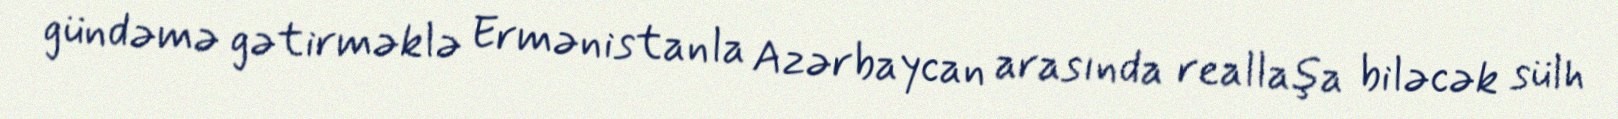
gündəmə gətirməklə Ermənistanla Azərbaycan arasında reallaşa biləcək sülh